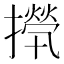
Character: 𢶇